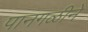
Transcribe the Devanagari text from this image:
पानगळीने